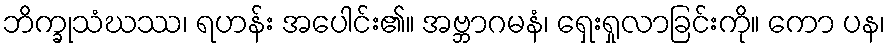
ဘိက္ခုသံဃဿ၊ ရဟန်း အပေါင်း၏။ အဗ္ဘာဂမနံ၊ ရှေးရှုလာခြင်းကို။ ကော ပန၊